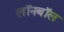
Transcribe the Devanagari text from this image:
लॉनबॉल